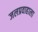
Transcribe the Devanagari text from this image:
जलप्रवाहाला